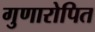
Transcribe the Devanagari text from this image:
गुणारोपित